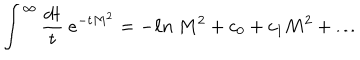
LaTeX: \int ^ { \infty } { \frac { d t } { t } } \ e ^ { - t M ^ { 2 } } = - \ell n \ M ^ { 2 } + c _ { 0 } + c _ { 1 } M ^ { 2 } + \dots